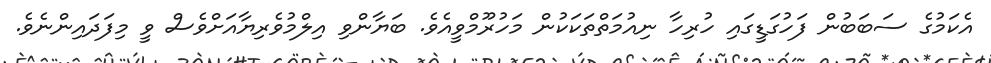
އެކަމުގެ ސަބަބުން ފަހުގަޑީގައި ހުރިހާ ނިއުމަތްތަކަކުން މަހުރޫމްވީއެވެ. ބަޔާންވި އިލްމުވެރިޔާއަށްވެސް ވީ މިފަދައިންނެވެ.